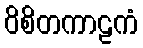
ဝိစိတကာဠကံ